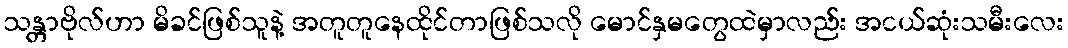
သန္တာဗိုလ်ဟာ မိခင်ဖြစ်သူနဲ့ အတူတူနေထိုင်တာဖြစ်သလို မောင်နှမတွေထဲမှာလည်း အငယ်ဆုံးသမီးလေး